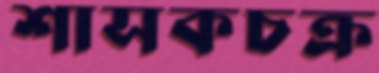
শাসকচক্র